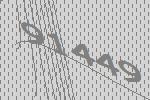
91449